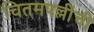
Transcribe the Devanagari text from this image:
चितमपल्लींची